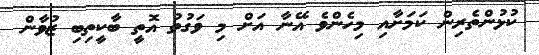
ކުޅުންތެރިން ކަމަށާއި މިހެންވެ އޭނާ އަށް މި ވަގުތު އޮތީ ބާކީތިބި ޒުވާން